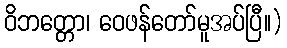
ဝိဘတ္တော၊ ဝေဖန်တော်မူအပ်ပြီ။)